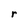
Character: r